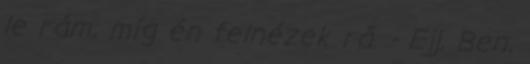
le rám, míg én felnézek rá. - Ejj, Ben,